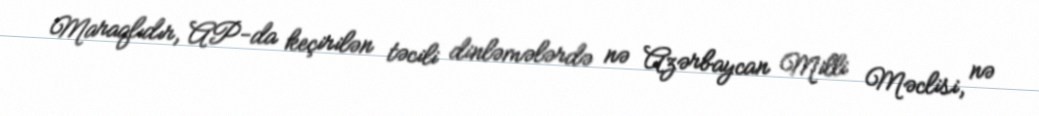
Maraqlıdır, AP-da keçirilən təcili dinləmələrdə nə Azərbaycan Milli Məclisi, nə